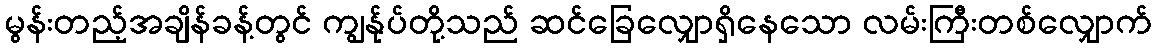
မွန်းတည့်အချိန်ခန့်တွင် ကျွန်ုပ်တို့သည် ဆင်ခြေလျှောရှိနေသော လမ်းကြီးတစ်လျှောက်